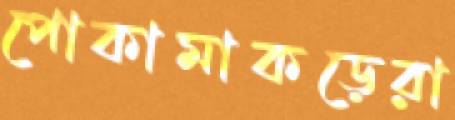
পোকামাকড়েরা